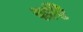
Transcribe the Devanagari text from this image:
ररि